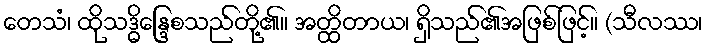
တေသံ၊ ထိုသဒ္ဓိန္ဒြေစသည်တို့၏။ အတ္ထိတာယ၊ ရှိသည်၏အဖြစ်ဖြင့်။ (သီလဿ၊